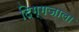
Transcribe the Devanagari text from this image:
दिग्गजाला